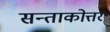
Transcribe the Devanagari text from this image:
सन्ताकोत्तर